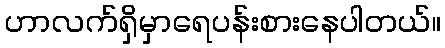
ဟာလက်ရှိမှာရေပန်းစားနေပါတယ်။